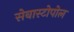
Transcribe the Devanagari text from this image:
सेबास्टोपोल